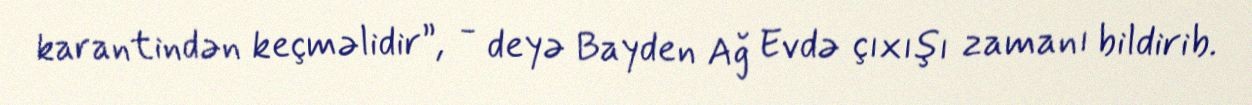
karantindən keçməlidir”, - deyə Bayden Ağ Evdə çıxışı zamanı bildirib.